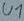
Text: U1